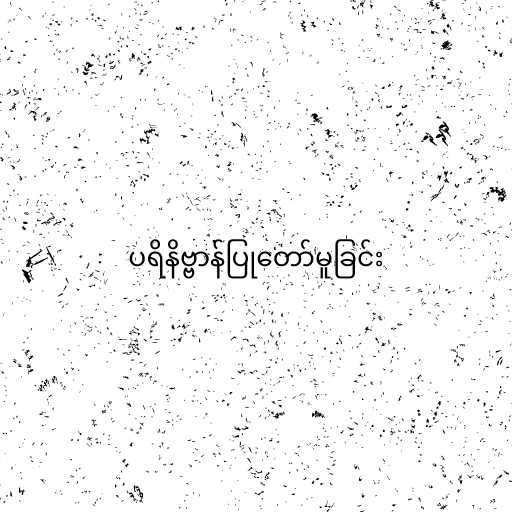
ပရိနိဗ္ဗာန်ပြုတော်မူခြင်း